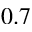
0 . 7